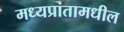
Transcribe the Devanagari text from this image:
मध्यप्रांतामधील